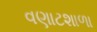
વણાટશાળા